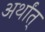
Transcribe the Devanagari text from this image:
अर्थांत्‌